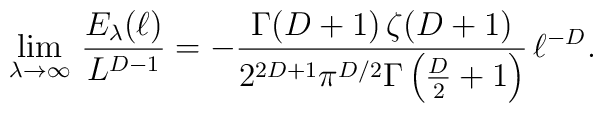
\lim_{\lambda\to\infty}\,\frac{E_{\lambda}(\ell)}{L^{D-1}}=-\frac{\Gamma(D+1)\,\zeta(D+1)}{2^{2D+1}\pi^{D/2}\Gamma\left(\frac{D}{2}+1\right)}\,\ell^{-D}.